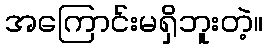
အကြောင်းမရှိဘူးတဲ့။